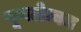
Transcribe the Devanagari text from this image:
यूमलेम्बम